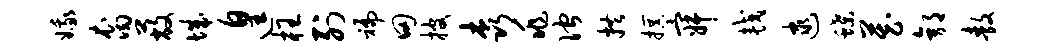
娥裔蔽城遑枉列褊田披森兆伫拱撰寂较逮蝶藏郭敖